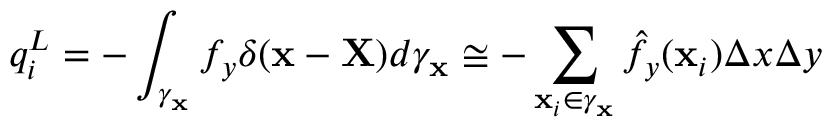
q _ { i } ^ { L } = - \int _ { \gamma _ { \mathbf { x } } } { f } _ { y } \delta ( \mathbf { x } - \mathbf { X } ) d \gamma _ { \mathbf { x } } \cong - \sum _ { \mathbf { x } _ { i } \in \gamma _ { \mathbf { x } } } \hat { { f } _ { y } } ( \mathbf { x } _ { i } ) \Delta x \Delta y